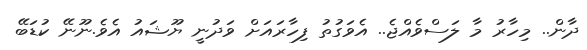
ދާން.. މިހާރު މާ ލަސްވެއްޖެ.. އެވަގުތު ފިހާރައަށް ވަދުނީ ޔޫޝައު އެވެ.ނޫނޭ ކުޑަބޭ